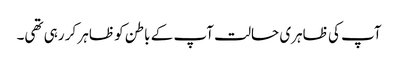
آپ کی ظاہری حالت آپ کے باطن کو ظاہر کر رہی تھی۔